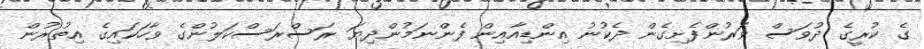
ގެ ކުރީގެ ދުވަސް ވަރުންފެށިގެން ދެކުނު އިންޑިއާއިން ފެންނަމުންދިޔަ ރަސްރަސްކަލުންގެ ވާހަކައިގެ އިތުރުން